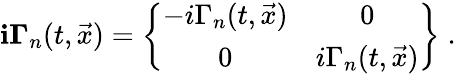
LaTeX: \mathbf{i}{\mathbf{\Gamma}}_{n}(t,\vec{{x}})=\left\{ \begin{array}{cc}{{-i\Gamma_{n}(t,\vec{x})}}&{{0}}\\ {{0}}&{{i\Gamma_{n}(t,\vec{x})}}\end{array}\right\} \; .